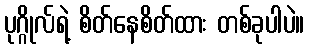
ပုဂ္ဂိုလ်ရဲ့ စိတ်နေစိတ်ထား တစ်ခုပါပဲ။